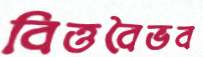
বিত্তবৈভব